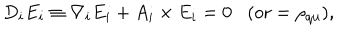
D _ { i } E _ { i } \equiv \nabla _ { i } E _ { i } + A _ { i } \times E _ { i } = 0 \mathrm { ( o r } = \rho _ { \mathrm { q u } } \mathrm { ) } ,